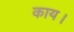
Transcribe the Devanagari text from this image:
काय।